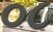
૦૮